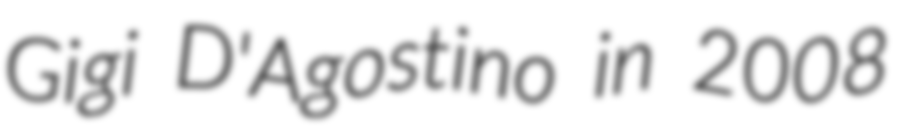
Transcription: Gigi D'Agostino in 2008